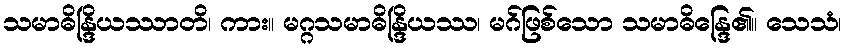
သမာဓိန္ဒြိယဿာတိ၊ ကား။ မဂ္ဂသမာဓိန္ဒြိယဿ၊ မဂ်ဖြစ်သော သမာဓိန္ဒြေ၏။ သေသံ၊